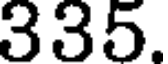
335.